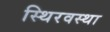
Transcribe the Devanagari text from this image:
स्थिरवस्था